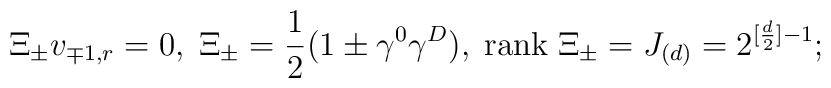
\ \Xi _{\pm }v_{\mp 1,r}=0,\;\Xi _{\pm }=\frac{1}{2}(1\pm \gamma ^{0}\gamma^{D}),\;{\rm rank}\;\Xi _{\pm }=J_{(d)}=2^{[\frac{d}{2}]-1};